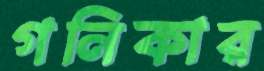
গনিকার